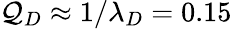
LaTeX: \mathcal{Q}_{D}\approx1/\lambda_{D}=0.15